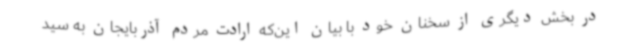
در بخش دیگری از سخنان خود با بیان این‌که ارادت مردم آذربایجان به سید